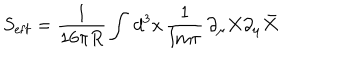
LaTeX: S _ { \mathrm { e f f } } = \frac { 1 } { 1 6 \pi R } \int \, d ^ { 3 } x \, \frac { 1 } { \mathrm { I m } \tau } \, \partial _ { \mu } X \partial _ { \mu } \bar { X }